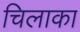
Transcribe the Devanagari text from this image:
चिलाका